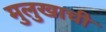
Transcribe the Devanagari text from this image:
मुलुखाची